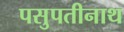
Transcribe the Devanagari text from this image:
पसुपतीनाथ